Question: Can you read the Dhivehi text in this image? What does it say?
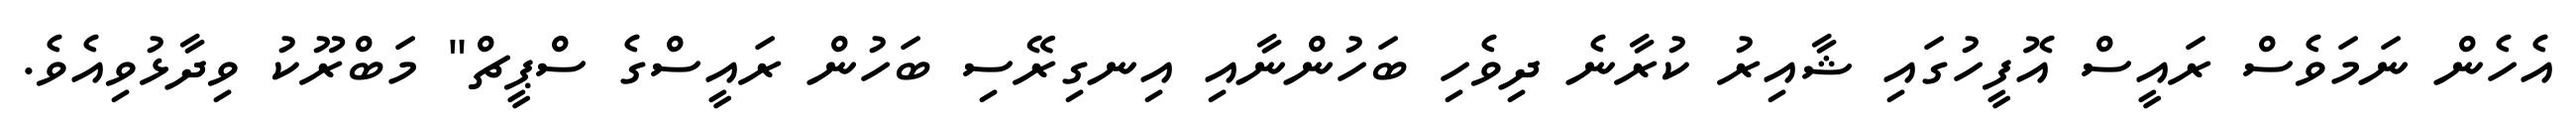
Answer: އެހެން ނަމަވެސް ރައީސް އޮފީހުގައި ޝާއިރު ކުރާނެ ދިވެހި ބަހުންނާއި އިނގިރޭސި ބަހުން ރައީސްގެ ސްޕީޗް" މަބްރޫކު ވިދާޅުވިއެވެ.